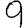
Digit: 9